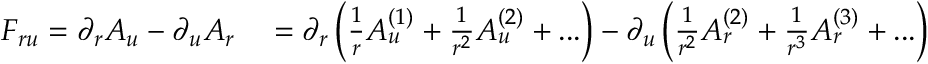
\begin{array} { r l } { F _ { r u } = \partial _ { r } A _ { u } - \partial _ { u } A _ { r } } & { { } = \partial _ { r } \left( \frac { 1 } { r } A _ { u } ^ { ( 1 ) } + \frac { 1 } { r ^ { 2 } } A _ { u } ^ { ( 2 ) } + . . . \right) - \partial _ { u } \left( \frac { 1 } { r ^ { 2 } } A _ { r } ^ { ( 2 ) } + \frac { 1 } { r ^ { 3 } } A _ { r } ^ { ( 3 ) } + . . . \right) } \end{array}